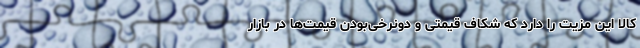
کالا این مزیت را دارد که شکاف قیمتی و دونرخی‌بودن قیمت‌ها در بازار